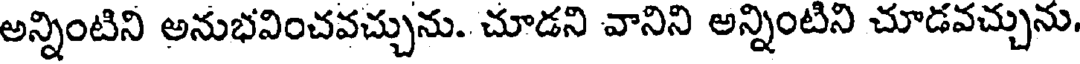
అన్నింటిని అనుభవించవచ్చును. చూడని వానిని అన్నింటిని చూడవచ్చును